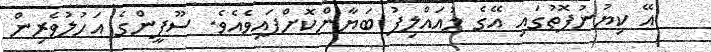
އޭ ކިޔުނުފޮތުގައި އޭގެ މުއައްލިފު ބަޔާންކޮށްފައިވެއެވެ. ސޫފީންގެ އަހުލުވެރިން